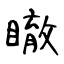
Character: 瞮